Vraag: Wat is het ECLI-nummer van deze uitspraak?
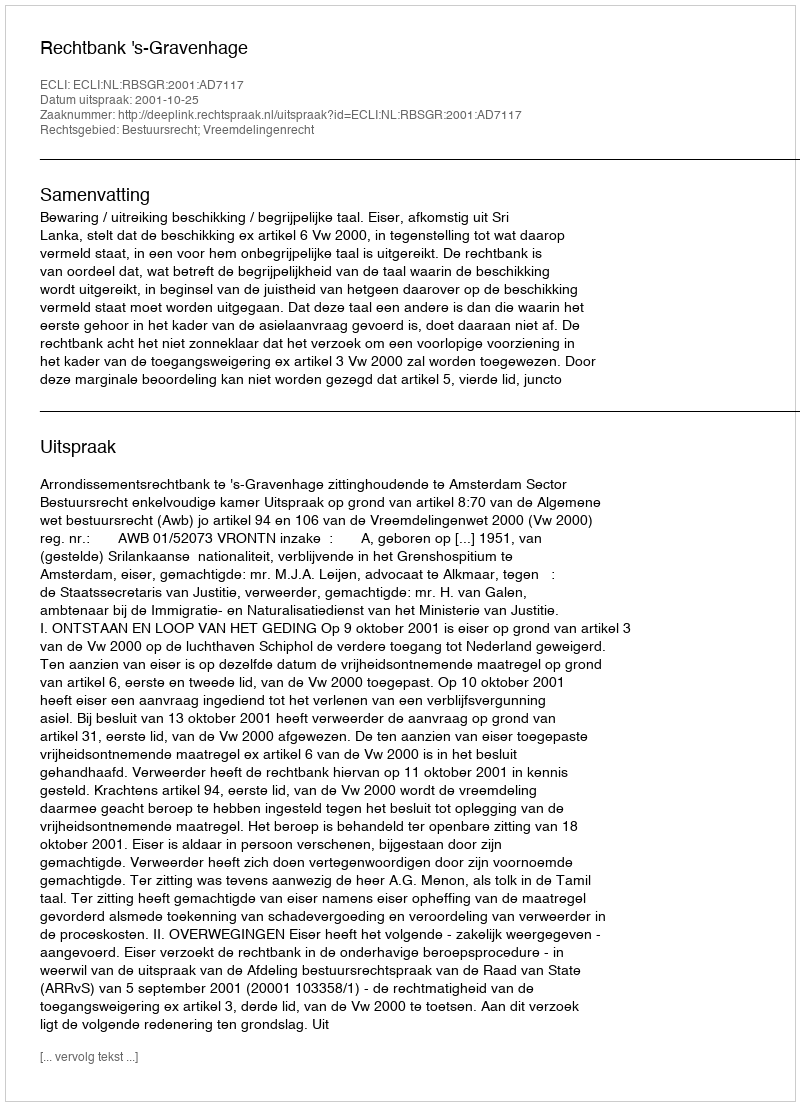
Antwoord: ECLI:NL:RBSGR:2001:AD7117